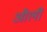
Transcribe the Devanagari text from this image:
और्ली